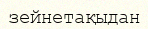
зейнетақыдан